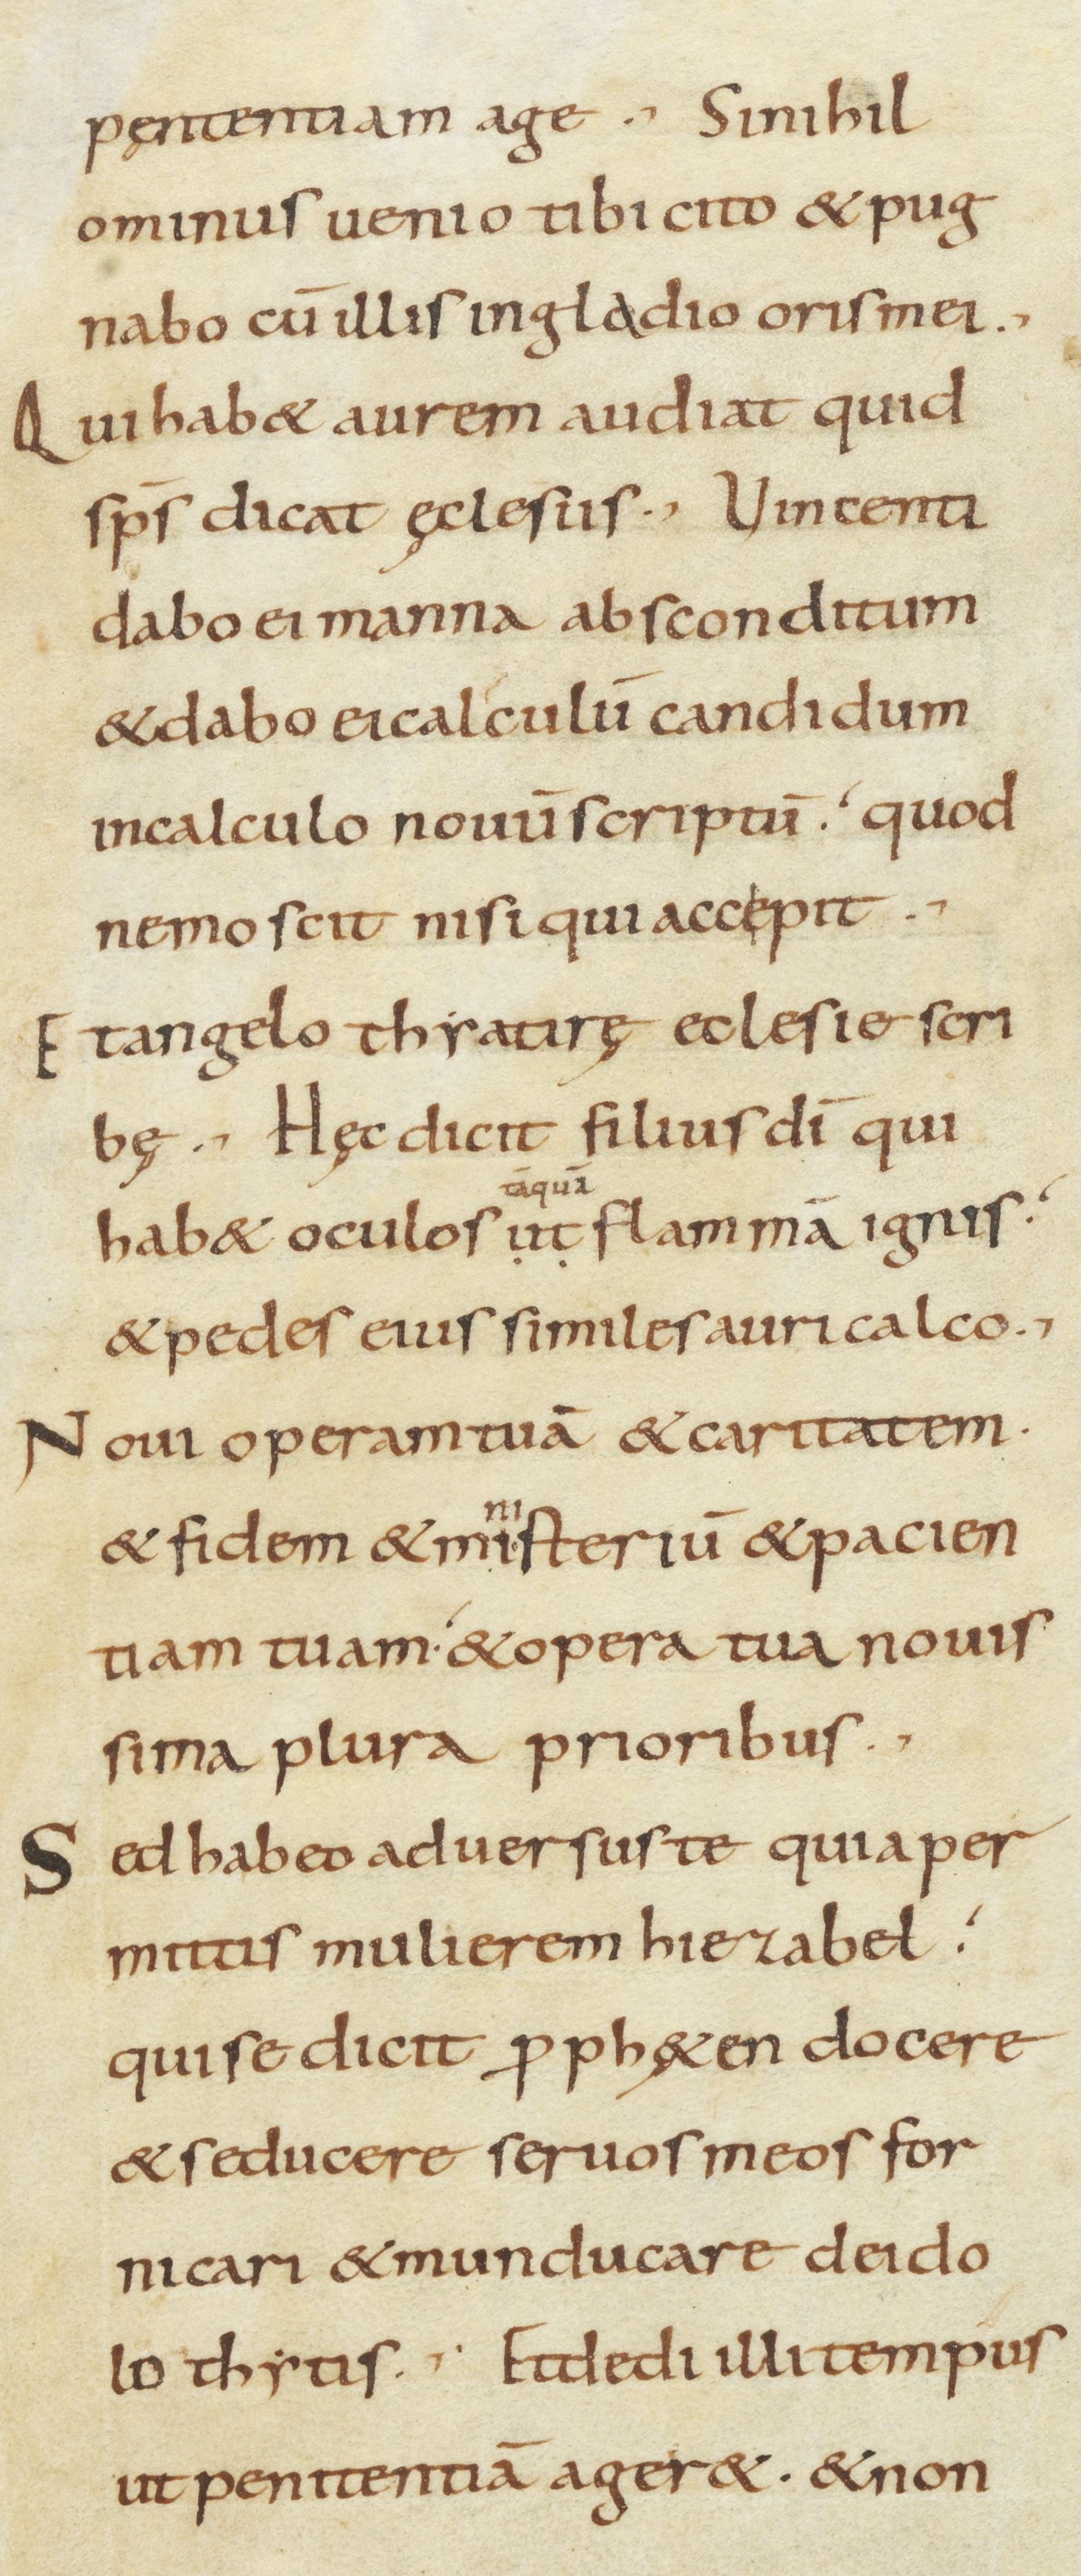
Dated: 800–899